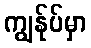
ကျွန်ုပ်မှာ